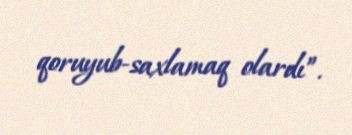
qoruyub-saxlamaq olardı”.